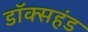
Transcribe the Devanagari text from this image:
डॉक्सहंड